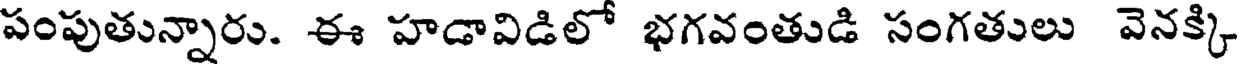
పంపుతున్నారు. ఈ హడావిడిలో భగవంతుడి సంగతులు వెనక్కి